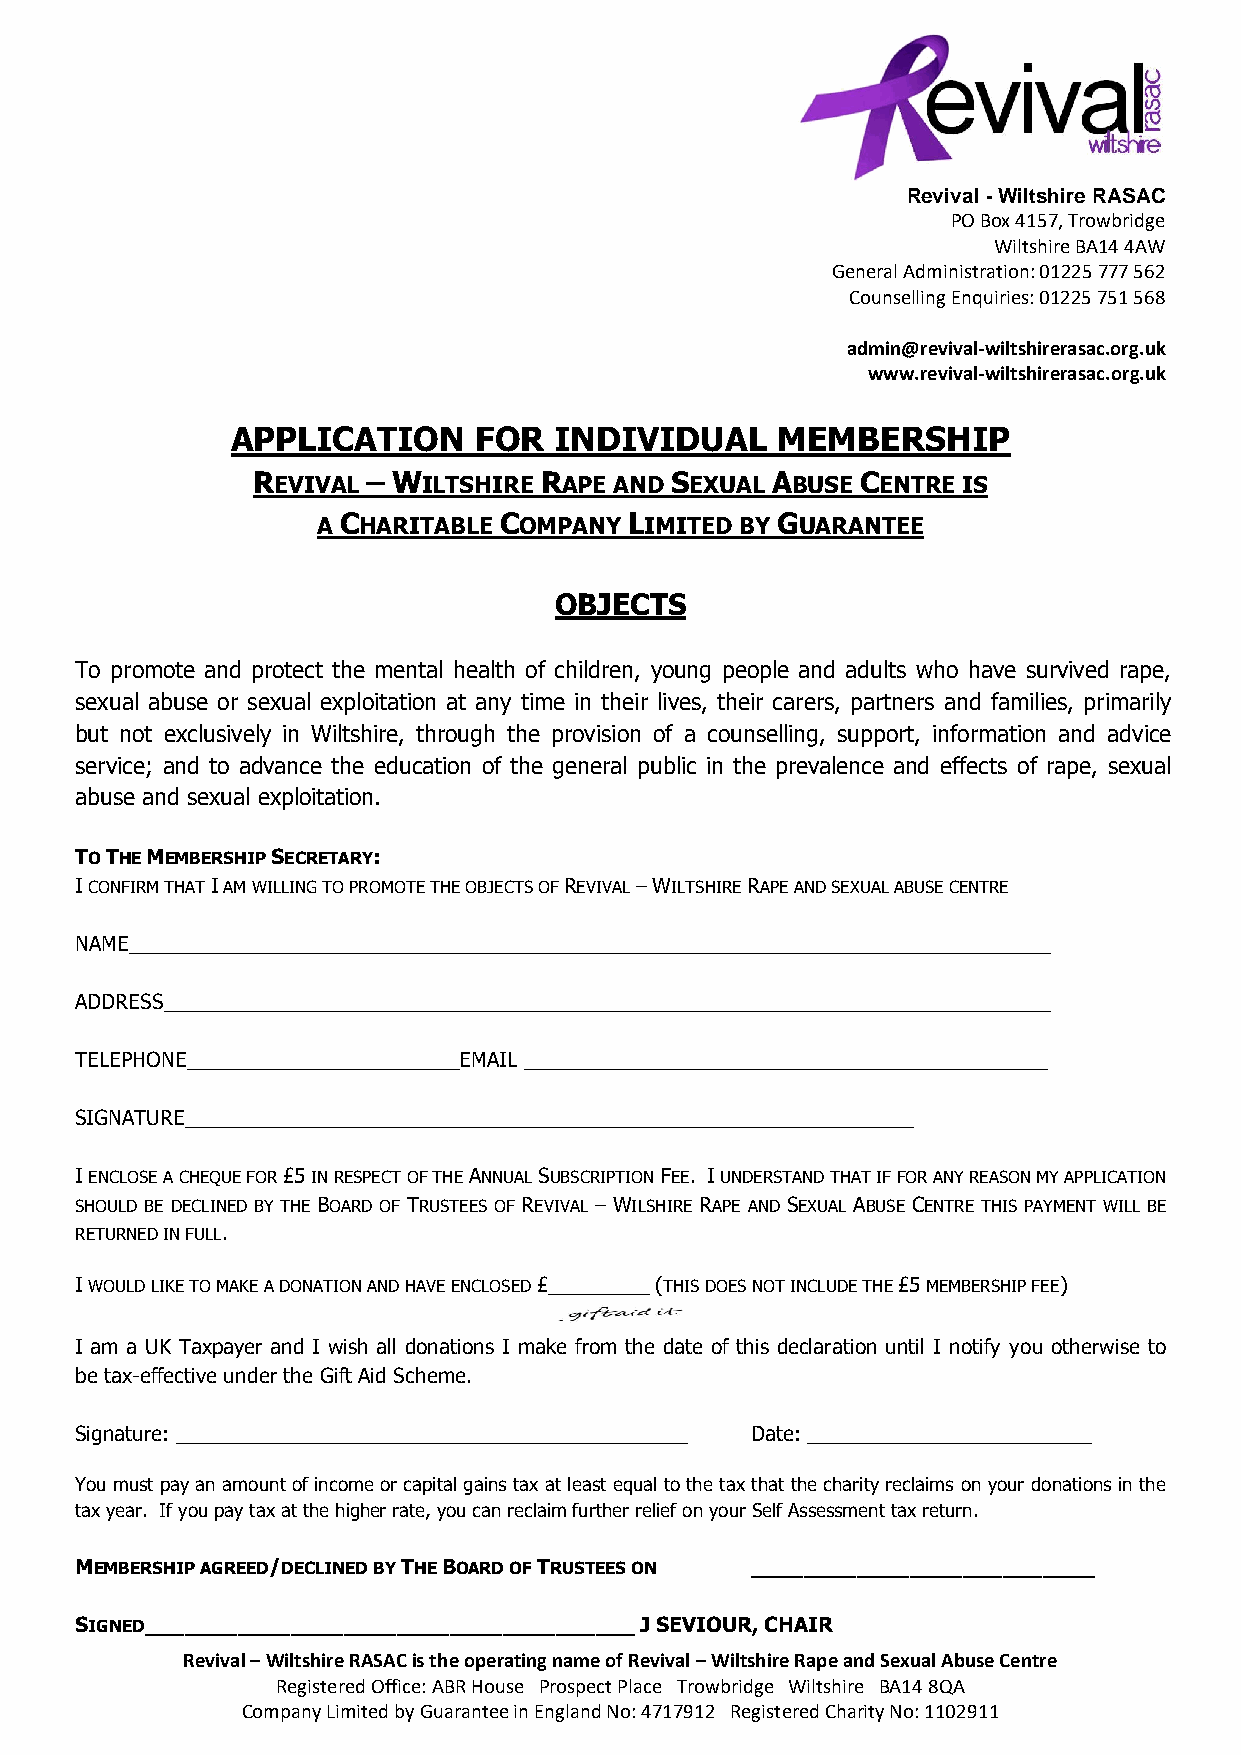
Revival - Wiltshire RASAC
 PO Box 4157, Trowbridge
 Wiltshire BA14 4AW
 General Administration: 01225 777 562
 Counselling Enquiries: 01225 751 568
 admin@revival-wiltshirerasac.org.uk
 www.revival-wiltshirerasac.org.uk
 APPLICATION     FOR   INDIVIDUAL    MEMBERSHIP
 REVIVAL – WILTSHIRE RAPE AND SEXUAL ABUSE CENTRE IS
 A CHARITABLE COMPANY LIMITED BY GUARANTEE
 OBJECTS
 To promote and protect the mental health of children, young people and adults who have survived rape,
 sexual abuse or sexual exploitation at any time in their lives, their carers, partners and families, primarily
 but not exclusively in Wiltshire, through the provision of a counselling, support, information and advice
 service; and to advance the education of the general public in the prevalence and effects of rape, sexual
 abuse and sexual exploitation.
 TO THE MEMBERSHIP SECRETARY:
 I CONFIRM THAT I AM WILLING TO PROMOTE THE OBJECTS OF REVIVAL – WILTSHIRE RAPE AND SEXUAL ABUSE CENTRE
 NAME_________________________________________________________________________________
 ADDRESS______________________________________________________________________________
 TELEPHONE________________________EMAIL ______________________________________________
 SIGNATURE________________________________________________________________
 I ENCLOSE A CHEQUE FOR £5 IN RESPECT OF THE ANNUAL SUBSCRIPTION FEE. I UNDERSTAND THAT IF FOR ANY REASON MY APPLICATION
 SHOULD BE DECLINED BY THE BOARD OF TRUSTEES OF REVIVAL – WILSHIRE RAPE AND SEXUAL ABUSE CENTRE THIS PAYMENT WILL BE
 RETURNED IN FULL.
 I WOULD LIKE TO MAKE A DONATION AND HAVE ENCLOSED £_________ (THIS DOES NOT INCLUDE THE £5 MEMBERSHIP FEE)
 I am a UK Taxpayer and I wish all donations I make from the date of this declaration until I notify you otherwise to
 be tax-effective under the Gift Aid Scheme.
 Signature: _____________________________________________ Date: _________________________
 You must pay an amount of income or capital gains tax at least equal to the tax that the charity reclaims on your donations in the
 tax year. If you pay tax at the higher rate, you can reclaim further relief on your Self Assessment tax return.
 MEMBERSHIP AGREED/DECLINED BY THE BOARD OF TRUSTEES ON __________________________
 SIGNED_____________________________________ J SEVIOUR, CHAIR
 Revival – Wiltshire RASAC is the operating name of Revival – Wiltshire Rape and Sexual Abuse Centre
 Registered Office: ABR House Prospect Place Trowbridge Wiltshire BA14 8QA
 Company Limited by Guarantee in England No: 4717912 Registered Charity No: 1102911